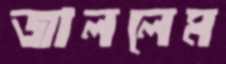
জাললেম